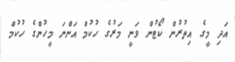
އަދި މީގެ އިތުރުން ކޯޓުން ވަނީ މަރުގެ ހުކުމް އަންނަ މީހުންގެ ހުކުމް